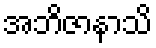
အဘိဇာနာသိ